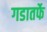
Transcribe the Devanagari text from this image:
गडातर्फे